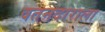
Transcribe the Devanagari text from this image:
वतनदाराला